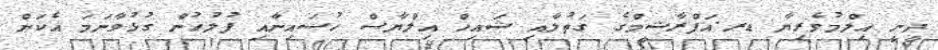
ދީނީ އިލްމުވެރިޔާ ޑރ.އަފްރާޝީމްގެ ގަތުލާއި ޝައިޚް އިލްޔާސް ހުސައިނާއި ފުލުހުން ގުޅުވާނަމަ އެކަން